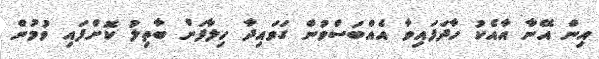
އިން އޭނާ އާއެކު ހާދަފައިވާ އެއްބަސްވުން ގަވައިދާ ހިލާފަށް ބާތިލު ކޮށްފައި ވުމުން